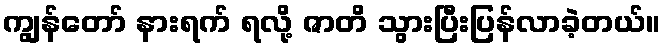
ကျွန်တော် နားရက် ရလို့ ဇာတိ သွားပြီးပြန်လာခဲ့တယ်။